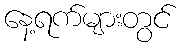
နေ့ရက်များတွင်